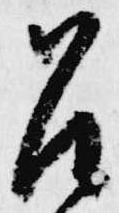
召